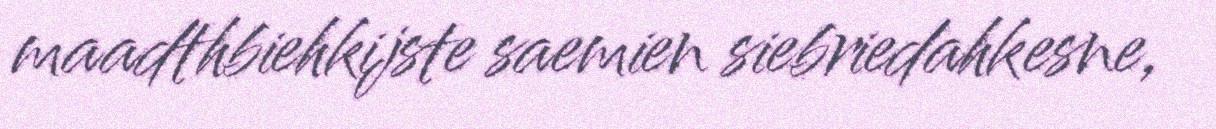
maadthbiehkijste saemien siebriedahkesne,